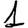
Digit: 1